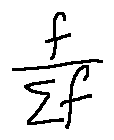
\frac { f } { \sum f }